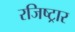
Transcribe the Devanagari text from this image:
रजिष्ट्रार